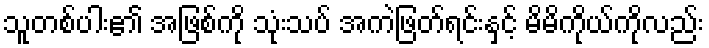
သူတစ်ပါး၏ အဖြစ်ကို သုံးသပ် အကဲဖြတ်ရင်းနှင့် မိမိကိုယ်ကိုလည်း